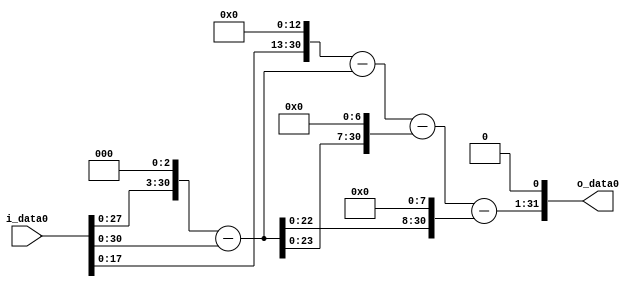
module multiplier_block (
    i_data0,
    o_data0
);

  // Port mode declarations:
  input   [31:0] i_data0;
  output  [31:0]
    o_data0;

  //Multipliers:

  wire [31:0]
    w1,
    w8,
    w7,
    w8192,
    w8185,
    w896,
    w7289,
    w1792,
    w5497,
    w10994;

  assign w1 = i_data0;
  assign w10994 = w5497 << 1;
  assign w1792 = w7 << 8;
  assign w5497 = w7289 - w1792;
  assign w7 = w8 - w1;
  assign w7289 = w8185 - w896;
  assign w8 = w1 << 3;
  assign w8185 = w8192 - w7;
  assign w8192 = w1 << 13;
  assign w896 = w7 << 7;

  assign o_data0 = w10994;

  //multiplier_block area estimate = 6955.50221374706;
endmodule